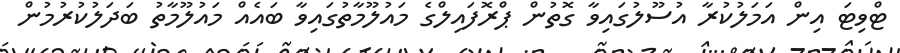
ޓްވިޓަ އިން އަމަލުކުރާ އުސޫލުގައިވާ ގޮތުން ޕްރޮފައިލްގެ މައުލޫމާތުގައިވާ ބައެއް މައުލޫމާތު ބަދަލުކުރުމުން